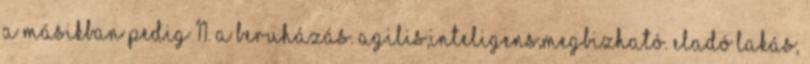
a másikban pedig 11. A beruházás. Agilis,inteligens,megbizható. Eladó Lakás,